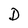
Character: D